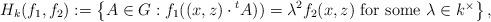
LaTeX: \begin{align*}H_k (f_1,f_2) := \left\{ A \in G : f_1((x,z)\cdot {}^t A)) = \lambda^2 f_2(x,z) \mbox{ for some $\lambda \in k^{\times}$} \right\},\end{align*}